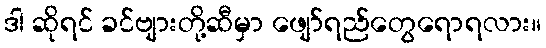
ဒါ ဆိုရင် ခင်ဗျားတို့ဆီမှာ ဖျော်ရည်တွေရောရလား။